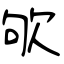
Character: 欨